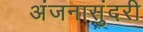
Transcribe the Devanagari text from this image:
अंजनासुंदरी